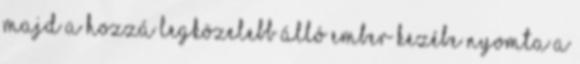
majd a hozzá legközelebb álló ember kezébe nyomta a